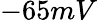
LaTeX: -65mV